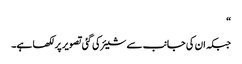
“
جبکہ ان کی جانب سے شیئر کی گئی تصویر پر لکھا ہے۔